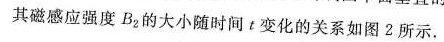
其磁感应强度B2的大小随时间t变化的关系如图2所示。